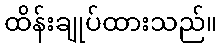
ထိန်းချုပ်ထားသည်။